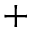
^ +